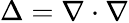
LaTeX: \Delta=\nabla\cdot\nabla